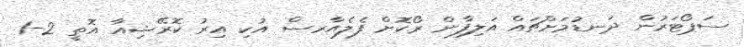
ސަޕޯޓަރުން ދަނޑުމަށްޗައް އަލިފާން ރޯކޮށް ފެލެއާރސް އުކި އިރު ކޮރޭޝިއާ އޮތީ 2-1